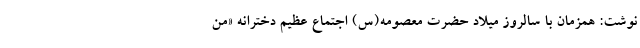
نوشت: همزمان با سالروز میلاد حضرت معصومه(س) اجتماع عظیم دخترانه «من